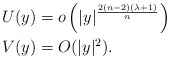
\begin{align*} &U(y)=o\left(|y|^{\frac{2(n-2)(\lambda+1)}{n}} \right)\\ &V(y)=O(|y|^2). \end{align*}